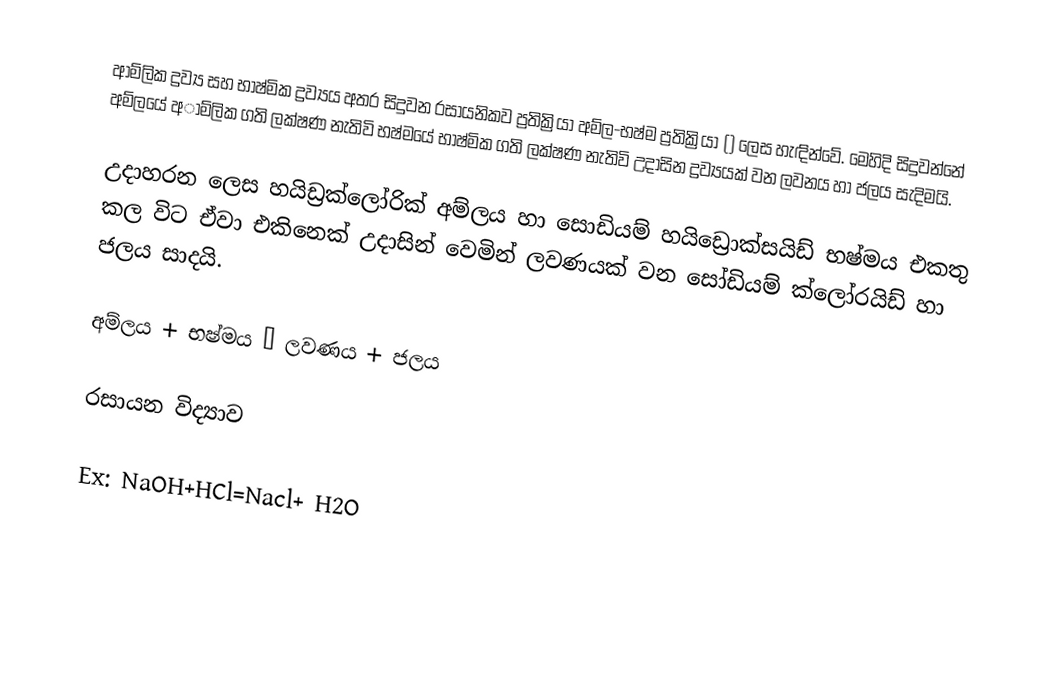
ආම්ලික ද්‍රව්‍ය සහ භාෂ්මික ද්‍රව්‍යය අතර සිදුවන රසායනිකව ප්‍රතික්‍රියා අම්ල-භෂ්ම ප්‍රතික්‍රියා () ලෙස හැඳින්වේ. මෙහිදි සිදුවන්නේ අම්ලයේ අාම්ලික ගති ලක්ෂණ නැතිවි භෂ්මයේ භාෂ්මික ගති ලක්ෂණ නැතිවි උදාසින ද්‍රව්‍යයක් වන ලවනය හා ජලය සැදිමයි.

උදාහරන ලෙස හයිඩ්‍රක්ලෝරික් අම්ලය හා සොඩියම් හයිඩ්‍රොක්සයිඩ් භෂ්මය එකතු කල විට ඒවා එකිනෙක් උදාසින් වෙමින් ලවණයක් වන සෝඩියම් ක්ලෝරයිඩ් හා ජලය සාදයි.

අම්ලය + භෂ්මය → ලවණය + ජලය

රසායන විද්‍යාව

Ex: NaOH+HCl=Nacl+ H2O